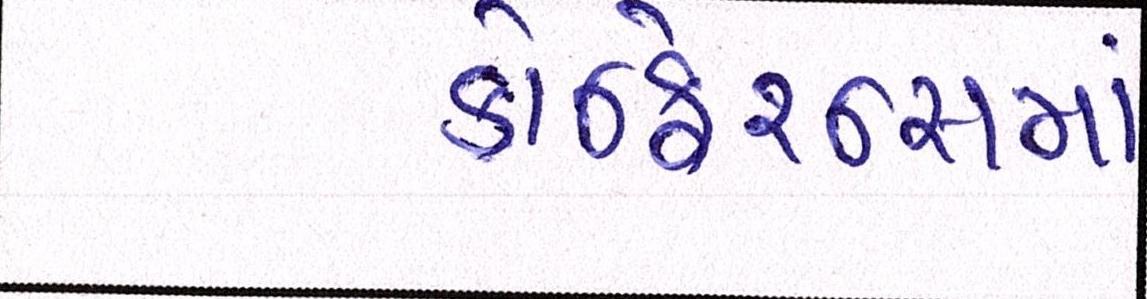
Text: કોન્ફ્રેન્સમાં